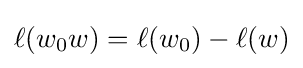
\ell (w_{0}w)=\ell (w_{0})-\ell (w)